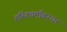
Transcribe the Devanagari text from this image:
हस्तिचर्मांबरधर